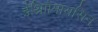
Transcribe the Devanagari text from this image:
ईथ्राोिमायसिन